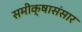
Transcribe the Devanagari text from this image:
समीक्षासंसार